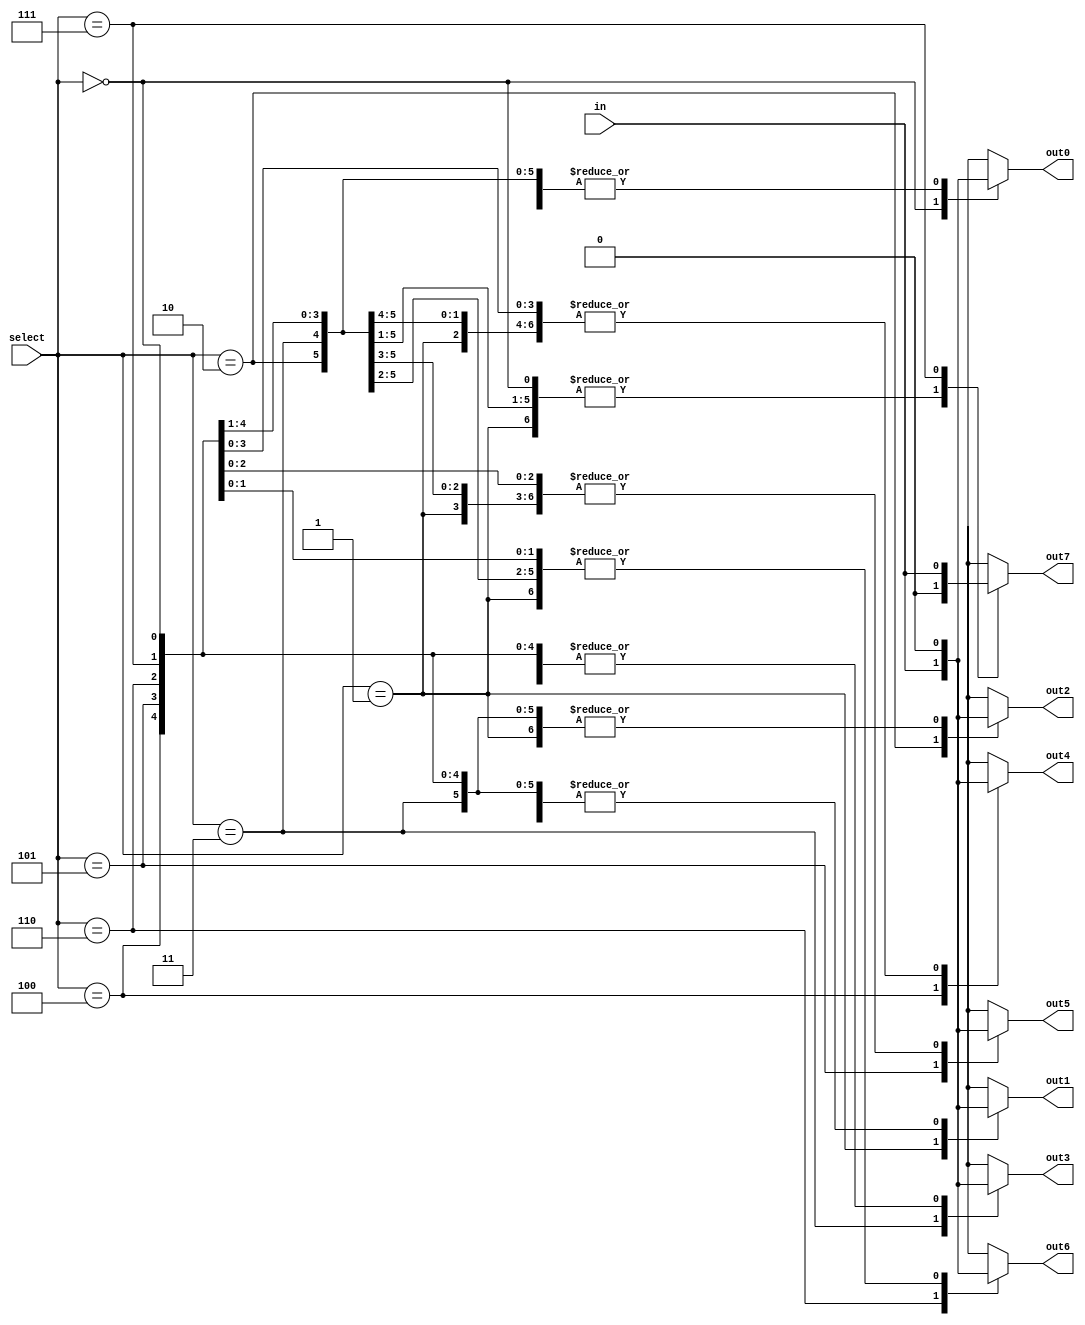
module demux_1to8 (
    input wire [2:0] select,
    input wire in,
    output reg out0,
    output reg out1,
    output reg out2,
    output reg out3,
    output reg out4,
    output reg out5,
    output reg out6,
    output reg out7
);

always @*
begin
    case (select)
        3'b000 : begin
            out0 = in;
            out1 = 1'b0;
            out2 = 1'b0;
            out3 = 1'b0;
            out4 = 1'b0;
            out5 = 1'b0;
            out6 = 1'b0;
            out7 = 1'b0;
        end
        3'b001 : begin
            out0 = 1'b0;
            out1 = in;
            out2 = 1'b0;
            out3 = 1'b0;
            out4 = 1'b0;
            out5 = 1'b0;
            out6 = 1'b0;
            out7 = 1'b0;
        end
        3'b010 : begin
            out0 = 1'b0;
            out1 = 1'b0;
            out2 = in;
            out3 = 1'b0;
            out4 = 1'b0;
            out5 = 1'b0;
            out6 = 1'b0;
            out7 = 1'b0;
        end
        3'b011 : begin
            out0 = 1'b0;
            out1 = 1'b0;
            out2 = 1'b0;
            out3 = in;
            out4 = 1'b0;
            out5 = 1'b0;
            out6 = 1'b0;
            out7 = 1'b0;
        end
        3'b100 : begin
            out0 = 1'b0;
            out1 = 1'b0;
            out2 = 1'b0;
            out3 = 1'b0;
            out4 = in;
            out5 = 1'b0;
            out6 = 1'b0;
            out7 = 1'b0;
        end
        3'b101 : begin
            out0 = 1'b0;
            out1 = 1'b0;
            out2 = 1'b0;
            out3 = 1'b0;
            out4 = 1'b0;
            out5 = in;
            out6 = 1'b0;
            out7 = 1'b0;
        end
        3'b110 : begin
            out0 = 1'b0;
            out1 = 1'b0;
            out2 = 1'b0;
            out3 = 1'b0;
            out4 = 1'b0;
            out5 = 1'b0;
            out6 = in;
            out7 = 1'b0;
        end
        3'b111 : begin
            out0 = 1'b0;
            out1 = 1'b0;
            out2 = 1'b0;
            out3 = 1'b0;
            out4 = 1'b0;
            out5 = 1'b0;
            out6 = 1'b0;
            out7 = in;
        end
        default : begin
            out0 = 1'b0;
            out1 = 1'b0;
            out2 = 1'b0;
            out3 = 1'b0;
            out4 = 1'b0;
            out5 = 1'b0;
            out6 = 1'b0;
            out7 = 1'b0;
        end
    endcase
end

endmodule